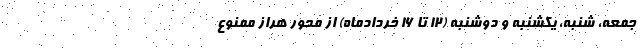
جمعه، شنبه، یکشنبه و دوشنبه (۱۲ تا ۱۶ خردادماه) از محور هراز ممنوع